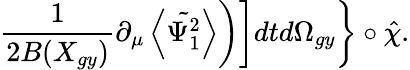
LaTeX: \left.\left.\left.\frac{1}{2B(X_{gy})}\partial_{\mu}\left\langle\tilde{\Psi_{1}^{2}}\right\rangle\right)\right]dtd\Omega_{gy}\right\} \circ\hat{\chi}.